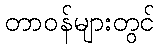
တာဝန်များတွင်